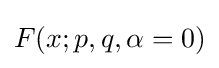
F(x;p,q,\alpha =0)